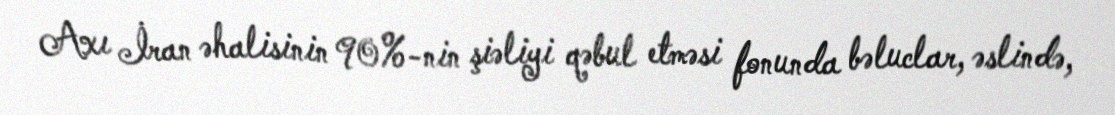
Axı İran əhalisinin 90%-nin şiəliyi qəbul etməsi fonunda bəluclar, əslində,